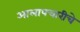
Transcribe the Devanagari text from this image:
आलापचारीचे